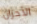
الأحزان